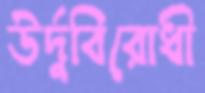
উর্দুবিরোধী